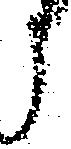
う